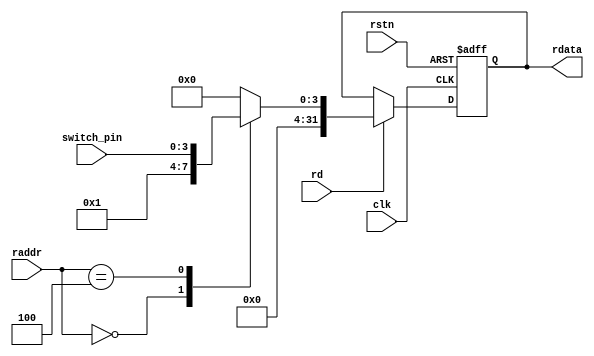
module switch(
  input clk,
  input rstn,
  
  // interface to CPU
  input rd,
  input [31:0] raddr,
  output [31:0] rdata,
  
  // pin
  input [3:0] switch_pin
);
  
  localparam ADDR_VER='d0, ADDR_STATUS = 'd4;
  localparam HW_VER = 32'h01;
  
  reg [31:0] rd_reg;
  always @(posedge clk or negedge rstn)
  begin
  	if (~rstn)
  	  rd_reg <= 32'h0;
  	else if (rd) 
  	  case(raddr)
  	  	ADDR_VER:      rd_reg <= HW_VER;
  	  	ADDR_STATUS:   rd_reg <= {28'h0, switch_pin};
  	  	default:       rd_reg <= 32'h0;
  	  endcase
  end
  	  	
  assign rdata = rd_reg;
  

endmodule